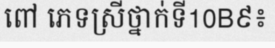
ពៅ ភេទស្រីថ្នាក់ទី10B៩៖